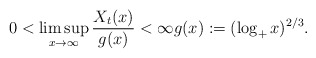
\begin{align*}0<\limsup_{x\to\infty} \frac{X_t(x)}{g(x)}<\infty g(x) := (\log_+ x)^{2/3}.\end{align*}